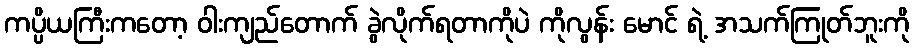
ကပ္ပိယကြီးကတော့ ဝါးကျည်တောက် ခွဲလိုက်ရတာကိုပဲ ကိုလွန်း မောင် ရဲ့ အသက်ကြုတ်ဘူးကို